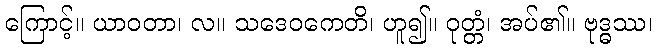
ကြောင့်။ ယာဝတာ၊ လ။ သဒေဝကေတိ၊ ဟူ၍။ ဝုတ္တံ၊ အပ်၏။ ဗုဒ္ဓဿ၊